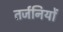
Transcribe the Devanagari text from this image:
तर्जनियों